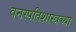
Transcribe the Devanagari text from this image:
वनस्पतिशास्त्रच्या